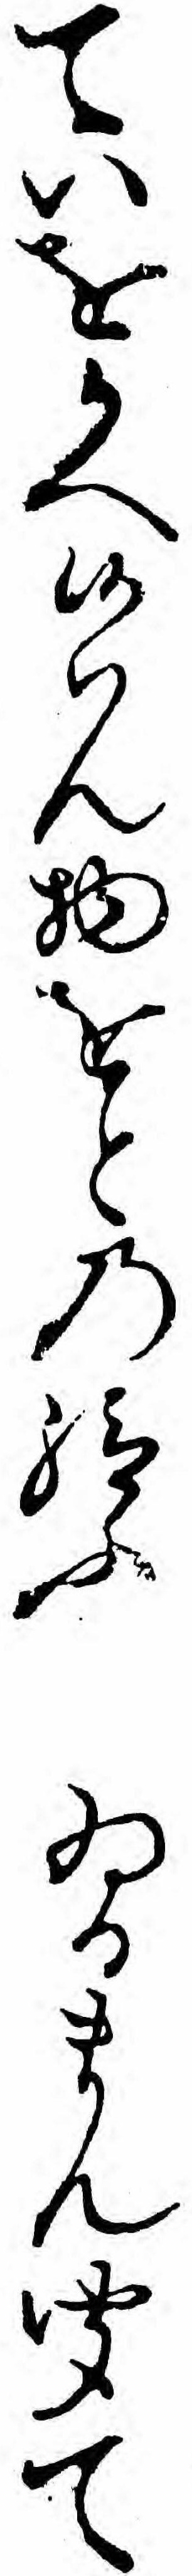
ていをかへ候ハん物をとの給ふゐるまん聞て